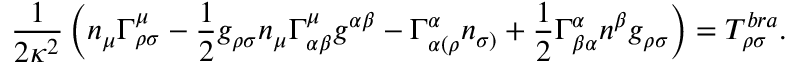
\frac { 1 } { 2 \kappa ^ { 2 } } \left( n _ { \mu } \Gamma _ { \rho \sigma } ^ { \mu } - \frac { 1 } { 2 } g _ { \rho \sigma } n _ { \mu } \Gamma _ { \alpha \beta } ^ { \mu } g ^ { \alpha \beta } - \Gamma _ { \alpha ( \rho } ^ { \alpha } n _ { \sigma ) } + \frac { 1 } { 2 } \Gamma _ { \beta \alpha } ^ { \alpha } n ^ { \beta } g _ { \rho \sigma } \right) = T _ { \rho \sigma } ^ { b r a } .